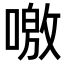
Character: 𠼍